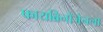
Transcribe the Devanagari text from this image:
फायब्रिनोजेनला